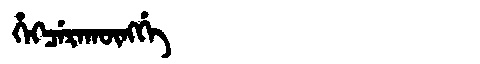
Manchu: ᡥᡝᡴᠴᡝᡵᠠᡴᡡᠩᡤᡝ
Romanization: HEKCERAKŪNGGE